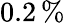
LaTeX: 0.2\, \%